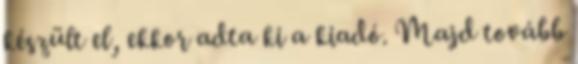
készült el, ekkor adta ki a kiadó. Majd tovább